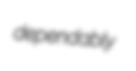
dependably